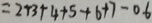
= 2 + 3 + 4 + 5 + 6 + 7 - 0 6